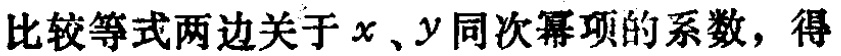
比较等式两边关于 \(x\)、\(y\) 同次幂项的系数，得